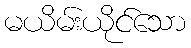
မယိမ်းယိုင်သော